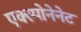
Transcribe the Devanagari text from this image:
एक्स्पोनेनेट